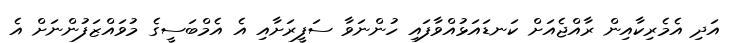
އަދި އެމެރިކާއިން ރާއްޖެއަށް ކަނޑައަޅުއްވާފައި ހުންނަވާ ސަފީރަށާއި އެ އެމްބަސީގެ މުވައްޒަފުންނަށް އެ